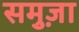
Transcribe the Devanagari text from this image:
समुज़ा